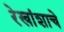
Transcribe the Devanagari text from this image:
रेखांशाचे